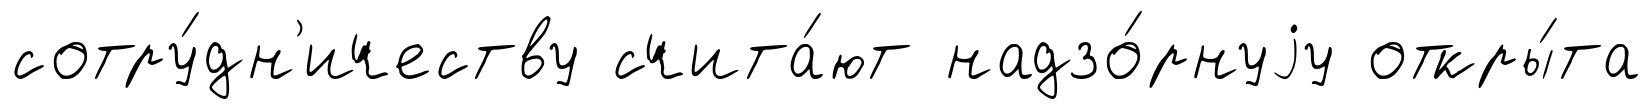
сотру́дн'ичеству счита́ют надзо́рнуjу откры́та